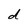
Character: d